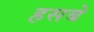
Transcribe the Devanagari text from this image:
हसबे